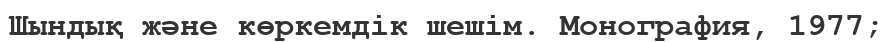
Шындық және көркемдік шешім. Монография, 1977;